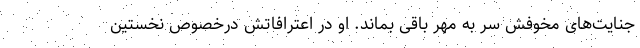
جنایت‌های مخوفش سر به مهر باقی بماند. او در اعترافاتش درخصوص نخستین